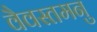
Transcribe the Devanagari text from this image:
वैवस्तमनु